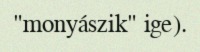
"monyászik" ige).